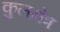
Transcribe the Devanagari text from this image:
कुलक्षेत्र